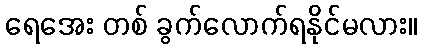
ရေအေး တစ် ခွက်လောက်ရနိုင်မလား။